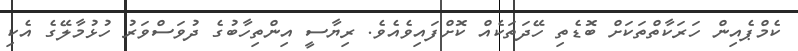
ކެމްޕެއިން ހަރަކާތްތަކަށް ބޮޑެތި ހޭދަތަކެއް ކޮށްފައިވެއެވެ. ރިޔާސީ އިންތިހާބުގެ ދުވަސްވަރު ހުޅުމާލޭގެ އެކި